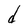
Character: d